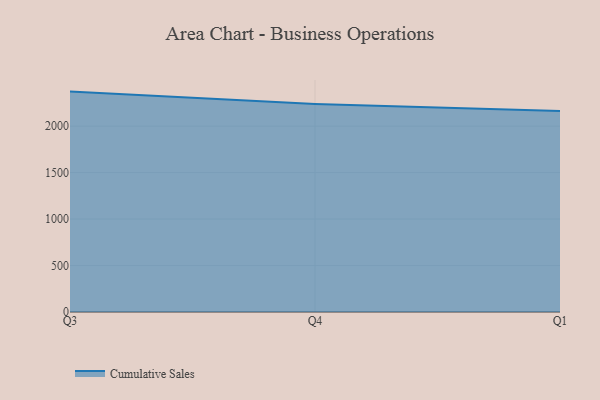
{"axis": {"x": "Quarter", "y": "Inventory Turnover"}, "legend": ["Cumulative Sales"], "data": [{"x": "Q3", "y": 2372.0, "type": "Cumulative Sales"}, {"x": "Q4", "y": 2239.0, "type": "Cumulative Sales"}, {"x": "Q1", "y": 2163.5, "type": "Cumulative Sales"}]}